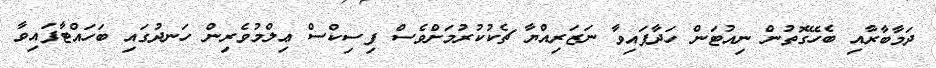
ދަމާބާރާއި ބެހޭގޮތުން ނިއުޓަން ހަދާފައިވާ ނަޒަރިއްޔާ ޗެކުކުރުމަށްވެސް ފިސިކްސް ޢިލްމުވެރިން ހަނދުގައި ބަހައްޓާފައިވާ